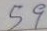
59